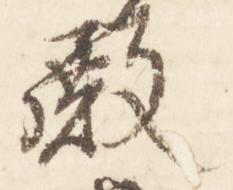
殿